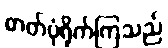
ဓာတ်ပုံရိုက်ကြသည်